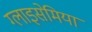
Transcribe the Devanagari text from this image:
ग्लाइसेमिया